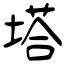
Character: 塔